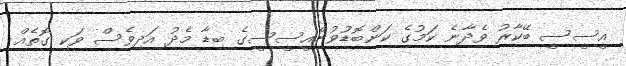
އީސީސީ ބޭކާރު ވެދާނެ ކަމުގެ ކަންބޮޑުވުންއީސީސީގެ ބިޑާ މެދު އަދިވެސް ވަކި ގޮތެއް